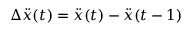
\Delta \ddot { x } ( t ) = \ddot { x } ( t ) - \ddot { x } ( t - 1 )